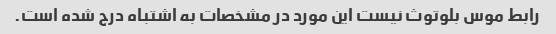
رابط موس بلوتوث نیست این مورد در مشخصات به اشتباه درج شده است.